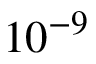
1 0 ^ { - 9 }